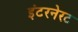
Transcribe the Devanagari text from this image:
इंटरनेरट